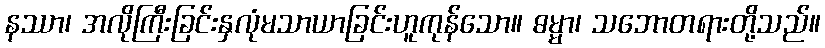
နဿာ၊ အလိုကြီးခြင်းနှလုံမသာယာခြင်းဟူကုန်သော။ ဓမ္မာ၊ သဘောတရားတို့သည်။